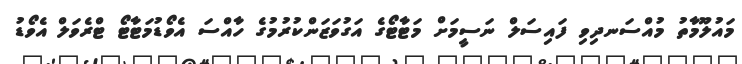
މައުލޫމާތު މުއްސަނދިވި ފައިސަލް ނަސީމަށް މަޓާޓޯގެ އަގުވަޒަންކުރުމުގެ ހާއްސަ އެވޯޑުމަޓާޓޯ ޓްރެވަލް އެވޯޑު